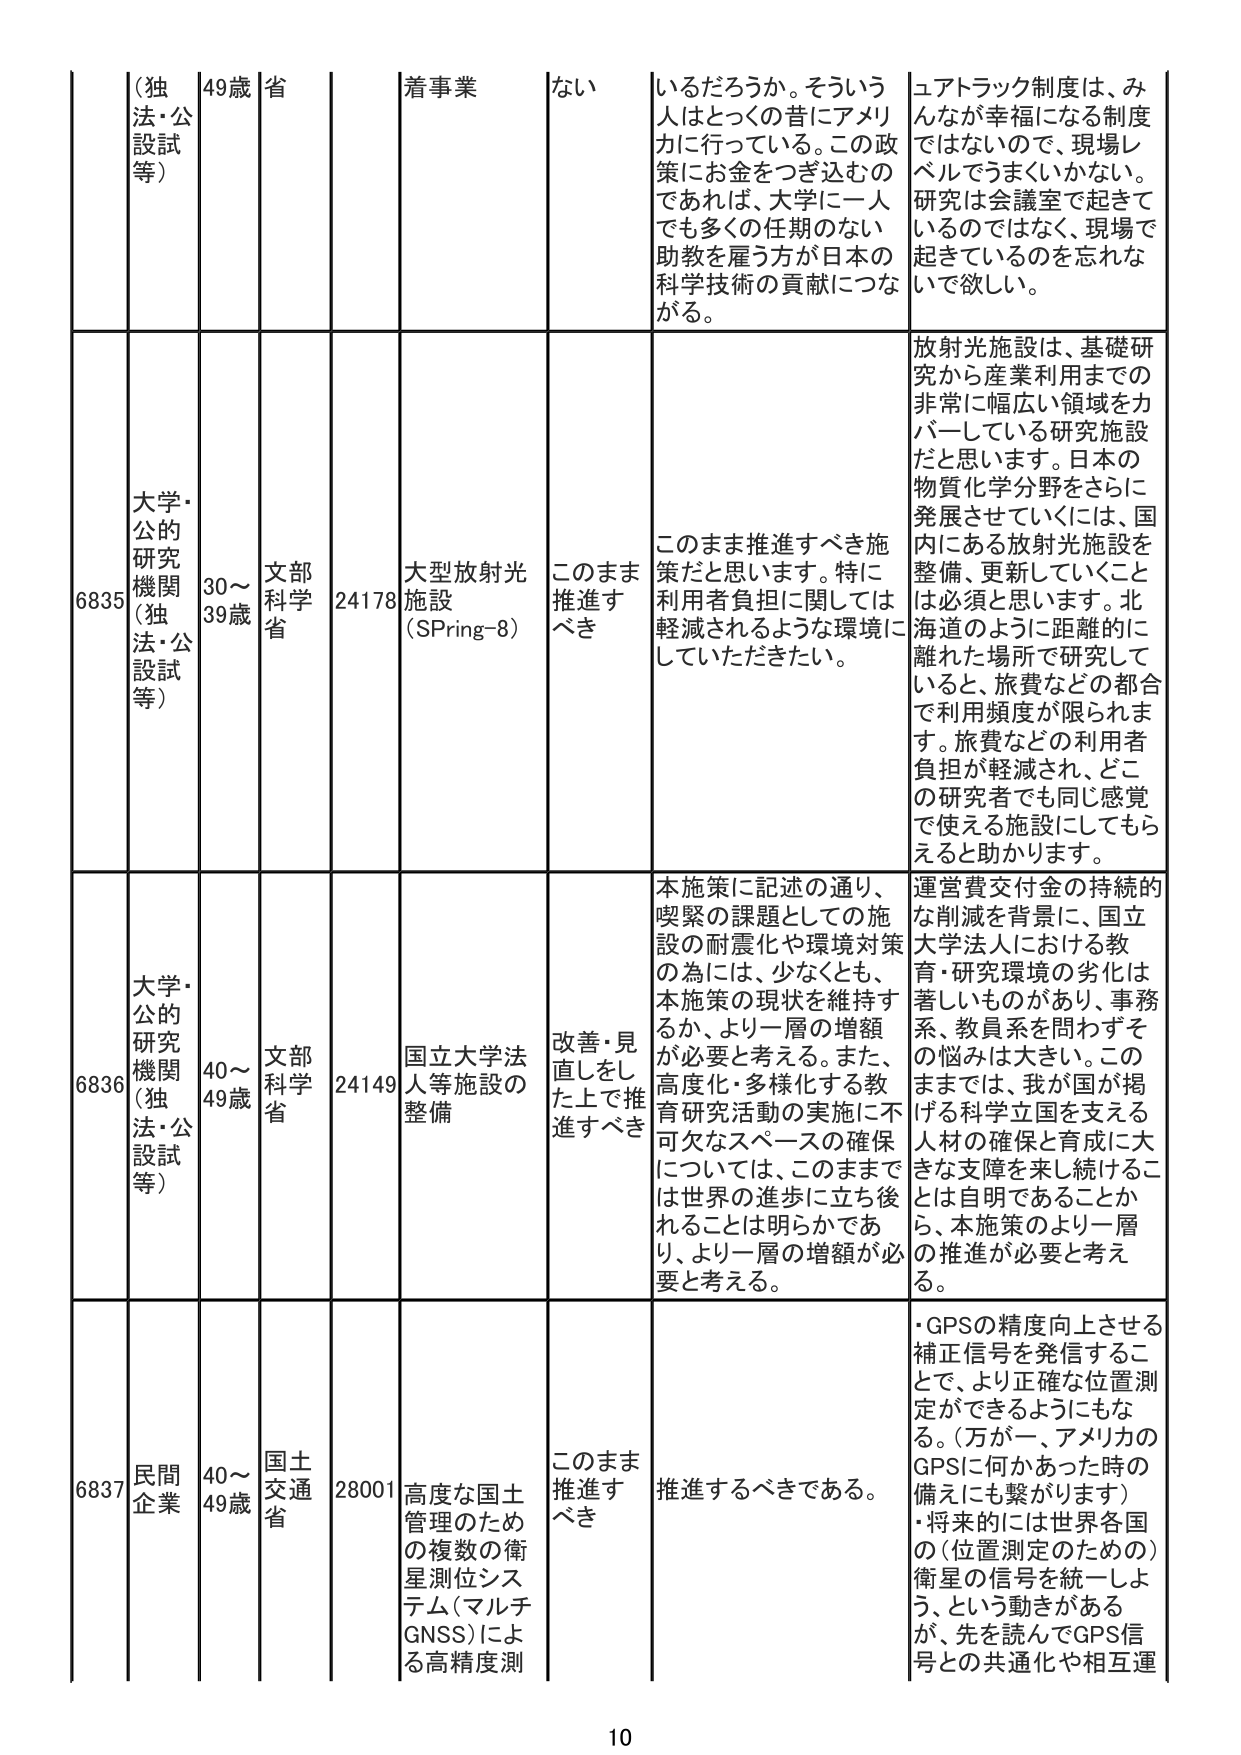
（独法・公設試等） 49歳 省 着事業 ない いるだろうか。そういう人はとっくの昔にアメリカに行っている。この政策にお金をつぎ込むのであれば、大学に一人でも多くの任期のない助教を雇う方が日本の科学技術の貢献につながる。 ユアトラック制度は、みんなが幸福になる制度ではないので、現場レベルでうまくいかない。研究は会議室で起きているのではなく、現場で起きているのを忘れないで欲しい。

6835 大学・公的研究機関（独法・公設試等） 30～39歳 文部科学省 24178 大型放射光施設（SPring-8） このまま推進すべき このまま推進すべき施策だと思います。特に利用者負担に関しては軽減されるような環境にしていただきたい。 放射光施設は、基礎研究から産業利用までの非常に幅広い領域をカバーしている研究施設だと思います。日本の物質化学分野をさらに発展させていくには、国内にある放射光施設を整備、更新していくことは必須と思います。北海道のように距離的に離れた場所で研究していると、旅費などの都合で利用頻度が限られます。旅費などの利用者負担が軽減され、どこの研究者でも同じ感覚で使える施設にしてもらえると助かります。

6836 大学・公的研究機関（独法・公設試等） 40～49歳 文部科学省 24149 国立大学法人等施設の整備 改善・見直しをした上で推進すべき 本施策に記述の通り、喫緊の課題としての施設の耐震化や環境対策の為には、少なくとも、本施策の現状を維持するか、より一層の増額が必要と考える。また、高度化・多様化する教育研究活動の実施に不可欠なスペースの確保については、このままでは世界の進歩に立ち後れることは明らかであり、より一層の増額が必要と考える。 運営費交付金の持続的な削減を背景に、国立大学法人における教育・研究環境の劣化は著しいものがあり、事務系、教員系を問わずその悩みは大きい。このままでは、我が国が掲げる科学立国を支える人材の確保と育成に大きな支障を来し続けることは自明であることから、本施策のより一層の推進が必要と考える。

6837 民間企業 40～49歳 国土交通省 28001 高度な国土管理のための複数の衛星測位システム（マルチGNSS）による高精度測 このまま推進すべき 推進するべきである。 ・GPSの精度向上させる補正信号を発信することで、より正確な位置測定ができるようになる。（万が一、アメリカのGPSに何かあった時の備えにも繋がります） ・将来的には世界各国の（位置測定のための）衛星の信号を統一しよう、という動きがあるが、先を読んでGPS信号との共通化や相互運

10